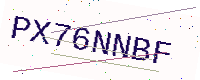
Text: PX76NNBF